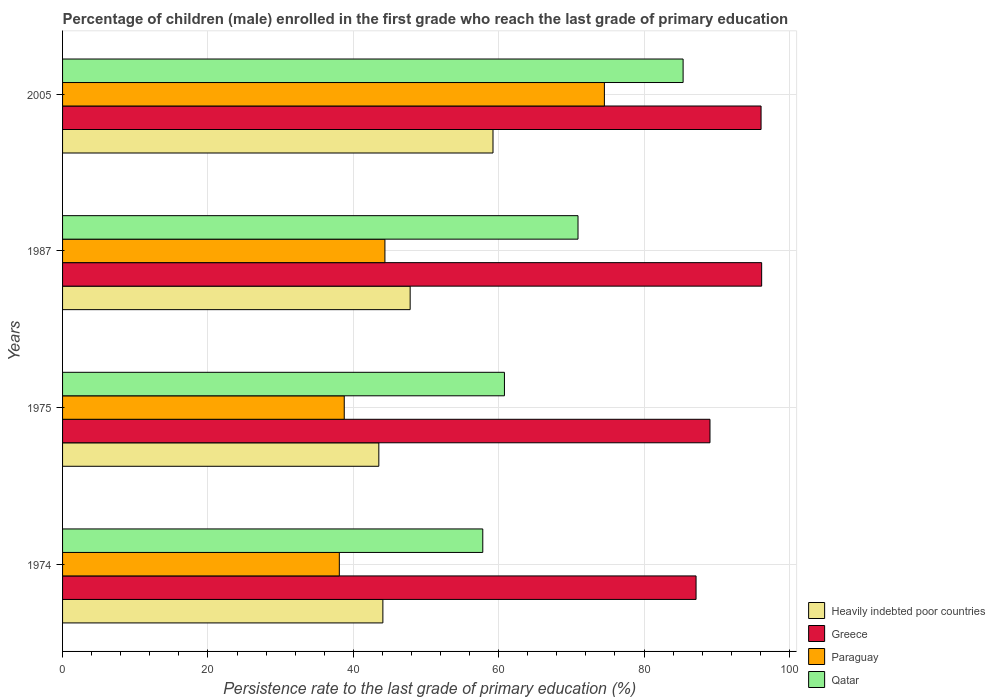
| Years | Heavily indebted poor countries | Greece | Paraguay | Qatar |
 | --- | --- | --- | --- | --- |
 | 1974 | 44.1 | 87.2 | 38.1 | 57.8 |
 | 1975 | 43.5 | 89.1 | 38.8 | 60.8 |
 | 1987 | 47.8 | 96.2 | 44.3 | 70.9 |
 | 2005 | 59.2 | 96.1 | 74.5 | 85.4 |